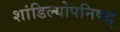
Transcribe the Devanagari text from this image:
शांडिल्योपनिषद्